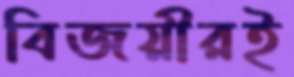
বিজয়ীরই